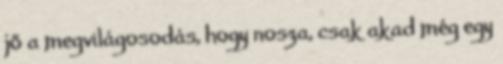
jő a megvilágosodás, hogy nosza, csak akad még egy